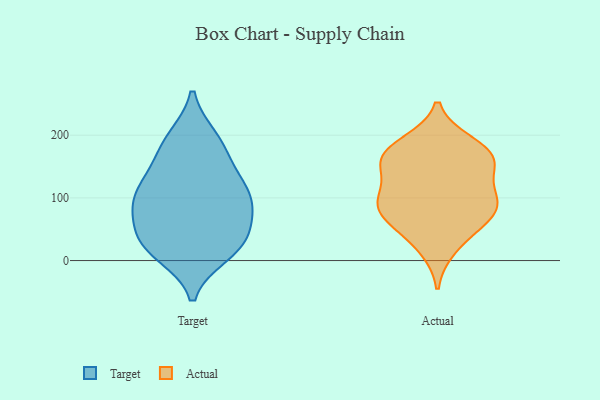
{"axis": {"x": "Net Income (USD K)", "y": "Value"}, "legend": ["Actual", "Target"], "data": [{"x": "", "y": 96, "type": "Target"}, {"x": "", "y": 172, "type": "Target"}, {"x": "", "y": 195, "type": "Target"}, {"x": "", "y": 87, "type": "Target"}, {"x": "", "y": 10, "type": "Target"}, {"x": "", "y": 124, "type": "Target"}, {"x": "", "y": 82, "type": "Target"}, {"x": "", "y": 151, "type": "Target"}, {"x": "", "y": 118, "type": "Target"}, {"x": "", "y": 43, "type": "Target"}, {"x": "", "y": 14, "type": "Target"}, {"x": "", "y": 196, "type": "Target"}, {"x": "", "y": 80, "type": "Target"}, {"x": "", "y": 34, "type": "Target"}, {"x": "", "y": 41, "type": "Target"}, {"x": "", "y": 20, "type": "Target"}, {"x": "", "y": 110, "type": "Target"}, {"x": "", "y": 110, "type": "Actual"}, {"x": "", "y": 80, "type": "Actual"}, {"x": "", "y": 162, "type": "Actual"}, {"x": "", "y": 155, "type": "Actual"}, {"x": "", "y": 162, "type": "Actual"}, {"x": "", "y": 153, "type": "Actual"}, {"x": "", "y": 20, "type": "Actual"}, {"x": "", "y": 180, "type": "Actual"}, {"x": "", "y": 90, "type": "Actual"}, {"x": "", "y": 98, "type": "Actual"}, {"x": "", "y": 187, "type": "Actual"}, {"x": "", "y": 51, "type": "Actual"}, {"x": "", "y": 66, "type": "Actual"}, {"x": "", "y": 90, "type": "Actual"}]}